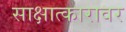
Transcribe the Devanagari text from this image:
साक्षात्कारावर